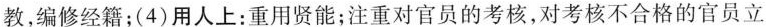
教，编修经籍；(4)用人上：重用贤能；注重对官员的考核，对考核不合格的官员立